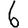
Digit: 6